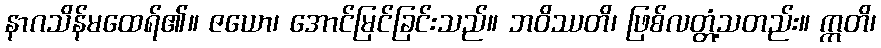
နာဂသိန်မထေရ်၏။ ဇယော၊ အောင်မြင်ခြင်းသည်။ ဘဝိဿတိ၊ ဖြစ်လတ္တံ့သတည်း။ ဣတိ၊